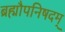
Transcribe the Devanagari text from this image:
ब्रह्मौपनिषदम्